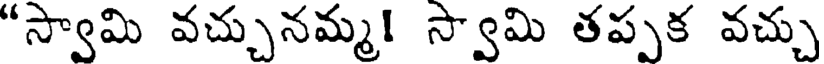
"స్వామి వచ్చునమ్మ! స్వామి తప్పక వచ్చు